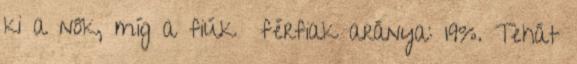
ki a nők, míg a fiúk férfiak aránya: 19%. Tehát